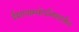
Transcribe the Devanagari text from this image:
ईशावास्योपनिषदातील